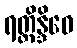
ရတ္တိန္ဒိဝေ